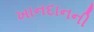
ખાનદાનની